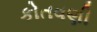
કોતવણી